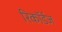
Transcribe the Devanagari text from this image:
रिकॉर्डज